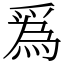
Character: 𤔡